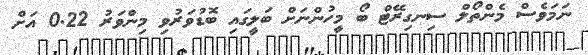
ނަމަވެސް މެންތޯލް ސިނގިރޭޓް ބޯ މީހުންނަށް ބަލީގައި ބޮޑުވަރުވި މިންވަރު 0.22 އަށް